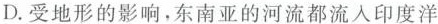
D.受地形的影响。东南亚的河流都流入印度洋